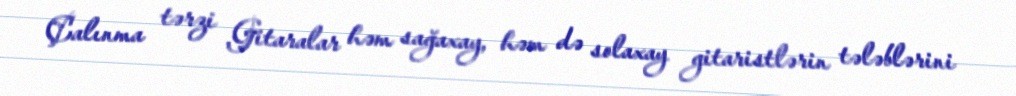
Çalınma tərzi Gitaralar həm sağaxay, həm də solaxay gitaristlərin tələblərini